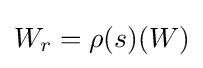
W_{r}=\rho (s)(W)